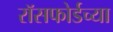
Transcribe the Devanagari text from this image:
रॉसफोर्डच्या